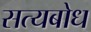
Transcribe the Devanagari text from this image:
सत्यबोध